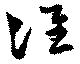
准